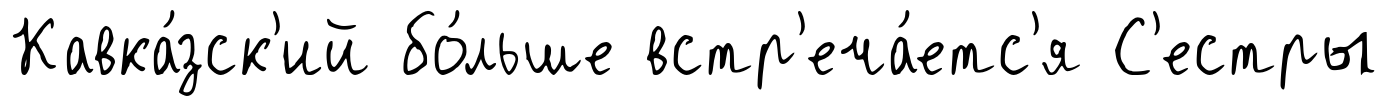
Кавка́зск'ий бо́льше встр'еча́етс'я С'естры